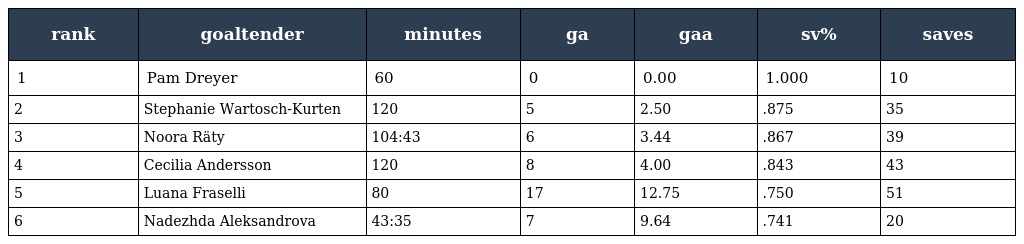
| rank | goaltender | minutes | ga | gaa | sv% | saves |
 | --- | --- | --- | --- | --- | --- | --- |
 | 1 | Pam Dreyer | 60 | 0 | 0.00 | 1.000 | 10 |
 | 2 | Stephanie Wartosch-Kurten | 120 | 5 | 2.50 | .875 | 35 |
 | 3 | Noora Räty | 104:43 | 6 | 3.44 | .867 | 39 |
 | 4 | Cecilia Andersson | 120 | 8 | 4.00 | .843 | 43 |
 | 5 | Luana Fraselli | 80 | 17 | 12.75 | .750 | 51 |
 | 6 | Nadezhda Aleksandrova | 43:35 | 7 | 9.64 | .741 | 20 |